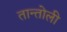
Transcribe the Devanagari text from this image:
तान्तोली